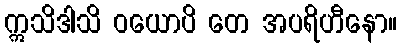
ဣသိဒါသိ ဝယောပိ တေ အပရိဟီနော။